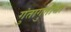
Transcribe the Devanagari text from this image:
गुंतागुतीचा